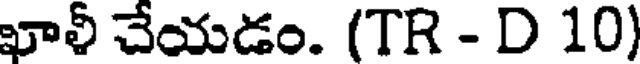
ఖాళీ చేయడం. (TR - D 10)